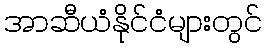
အာဆီယံနိုင်ငံများတွင်